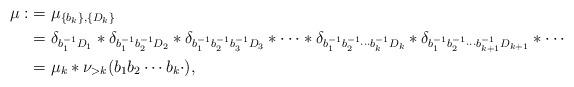
LaTeX: \begin{align*}\begin{aligned}\mu :&=\mu_{\{b_k\},\{D_k\}}\\&=\delta_{b_{1}^{-1}D_1}\ast\delta_{b_{1}^{-1}b_{2}^{-1}D_2}\ast\delta_{b_{1}^{-1}b_{2}^{-1} b_{3}^{-1}D_3}\ast\cdots\ast\delta_{b_{1}^{-1}b_{2}^{-1}\cdots b_{k}^{-1}D_k}\ast\delta_{b_{1}^{-1}b_{2}^{-1}\cdots b_{k+1}^{-1}D_{k+1}} \ast \cdots\\&=\mu_{k}\ast\nu_{>k}(b_{1}b_{2}\cdots b_{k}\cdot),\end{aligned}\end{align*}